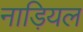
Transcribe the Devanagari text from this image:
नाड़ियल